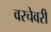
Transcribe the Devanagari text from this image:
वरचेवरी